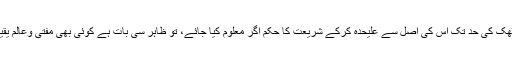
یوگا کی ہیئت کذائیہ یعنی ورزش کے معمولات ڈنڈ بیٹھک کی حد تک اس کی اصل سے علیحدہ کرکے شریعت کا حکم اگر معلوم کیا جائے، تو ظاہر سی بات ہے کوئی بھی مفتی وعالم یقیناًورزش کے زمرہ کی حد تک اسے جائز قرار دے گا۔